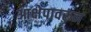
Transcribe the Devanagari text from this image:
आक्षेपावरून